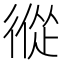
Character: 𢕇